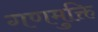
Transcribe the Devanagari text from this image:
गणमुक्ति